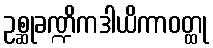
ဥစ္ဆုခဏ္ဍိကဒါယိကာဝတ္ထု